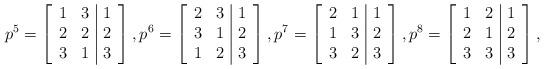
LaTeX: \begin{align*}p^5=\left[\begin{array}{cc|c} 1 & 3 & 1 \\ 2 & 2 & 2 \\ 3 & 1 & 3\\\end{array}\right],p^6=\left[\begin{array}{cc|c} 2 & 3 & 1 \\ 3 & 1 & 2 \\ 1 & 2 & 3 \\\end{array}\right],p^{7}=\left[\begin{array}{cc|c} 2 & 1 & 1 \\ 1 & 3 & 2 \\ 3 & 2 & 3 \\\end{array}\right],p^{8}=\left[\begin{array}{cc|c} 1 & 2 & 1 \\ 2 & 1 & 2\\ 3 & 3 & 3 \\\end{array}\right],\end{align*}